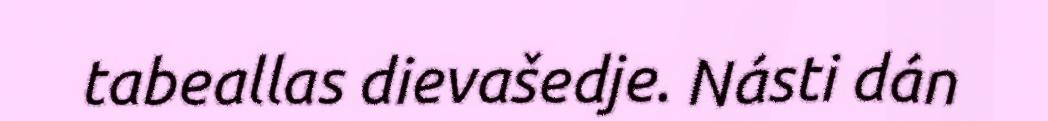
tabeallas dievašedje. Násti dán